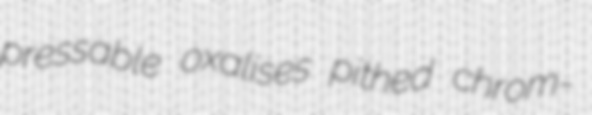
pressable oxalises pithed chrom-